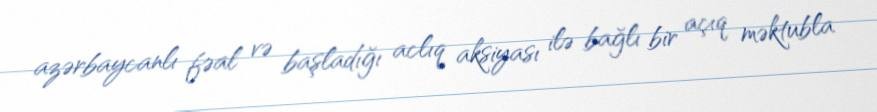
azərbaycanlı fəal və başladığı aclıq aksiyası ilə bağlı bir açıq məktubla